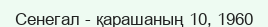
Сенегал - қарашаның 10, 1960